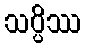
သပ္ပိဿ